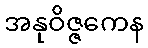
အနုဝိဇ္ဇကေန